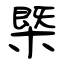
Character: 㮣